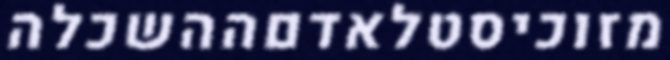
מזוכיסטלאדםההשכלה